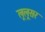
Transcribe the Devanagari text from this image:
लूलूसर